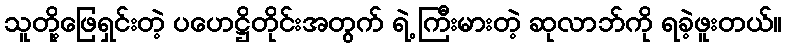
သူတို့ဖြေရှင်းတဲ့ ပဟေဋ္ဌိတိုင်းအတွက် ရဲ့ ကြီးမားတဲ့ ဆုလာဘ်ကို ရခဲ့ဖူးတယ်။